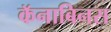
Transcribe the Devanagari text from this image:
कॅनाबिनस